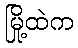
မြို့ထဲက